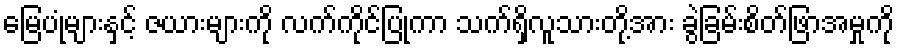
မြေပုံများနှင့် ဇယားများကို လက်ကိုင်ပြုကာ သက်ရှိလူသားတို့အား ခွဲခြမ်းစိတ်ဖြာအမှုကို